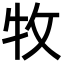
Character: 牧